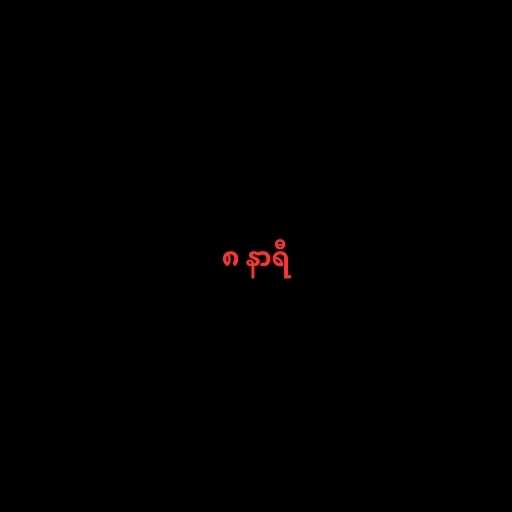
၈ နာရီ